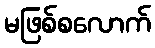
မဖြစ်စလောက်